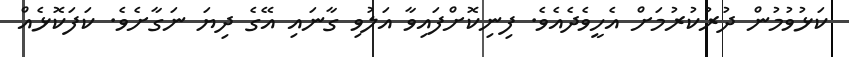
ކަޅުވުމުން ދުރުކުރުމަށް އެހީވެދެއެވެ. ފިނިކޮށްފައިވާ އަލުވި ގާނައި އޭގެ ދިޔަ ނަގާށެވެ. ކަފަކޮޅެއް